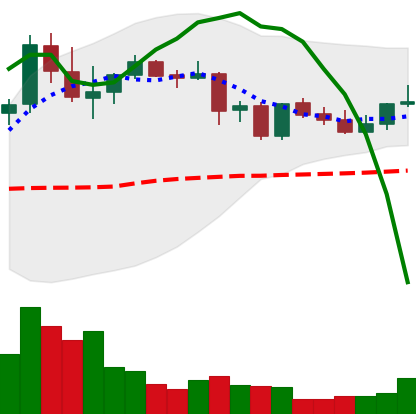
Ticker: DOGE-USD
Chart end date: 2021-09-02
Forward return: -14.263%
Label: down_7plus